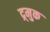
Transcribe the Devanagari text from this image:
द्र्मुक